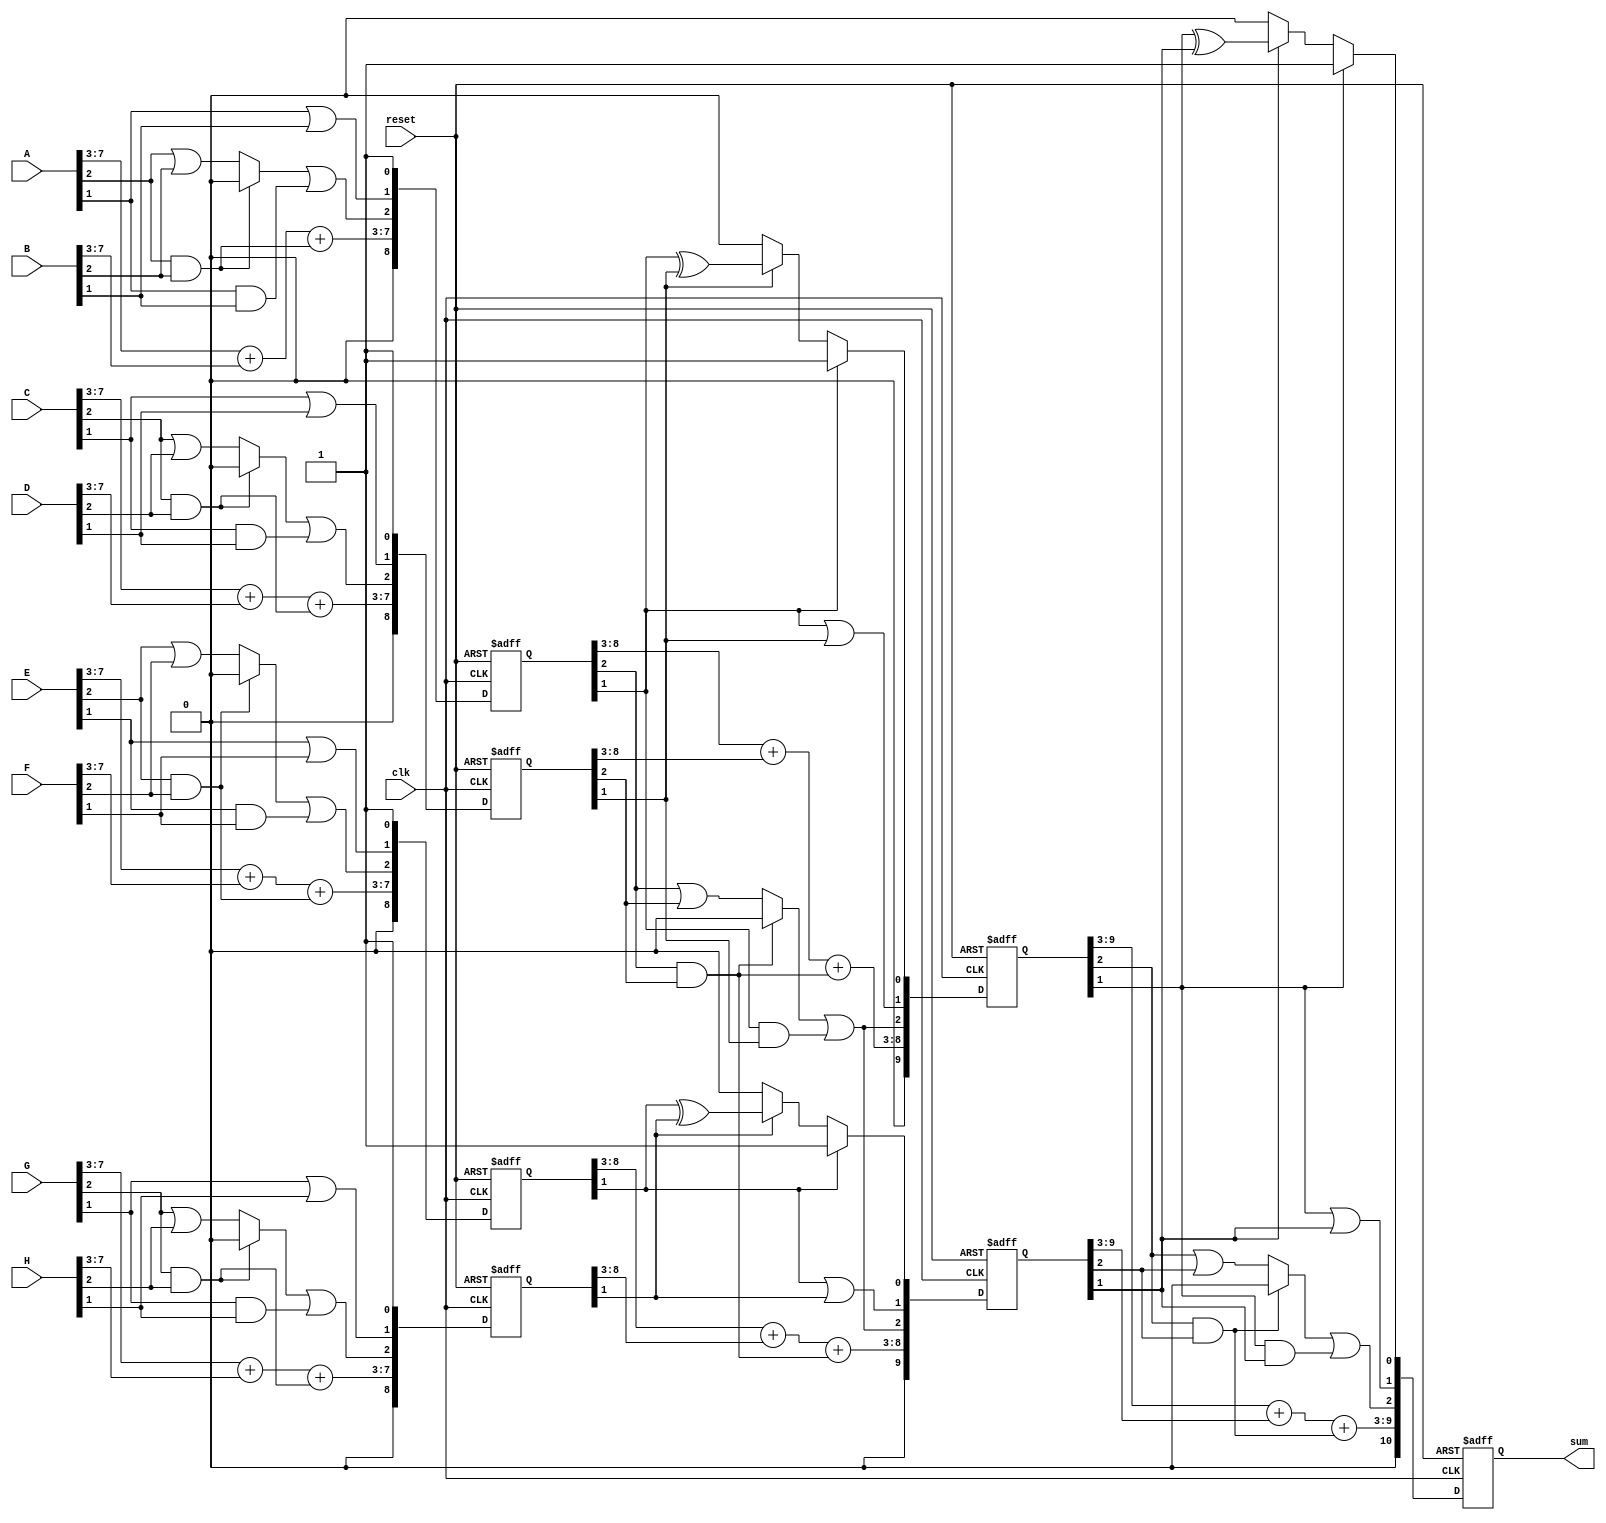
`timescale 1ns / 1ps
//////////////////////////////////////////////////////////////////////////////////
// Company: 
// Engineer: 
// 
// Design Name: 
// Module Name: adder_D2
// Project Name: 
// Target Devices: 
// Tool Versions: 
// Description: 
// 
// Dependencies: 
// 
// Revision:
// Revision 0.01 - File Created
// Additional Comments:
// 
//////////////////////////////////////////////////////////////////////////////////


module adder_D2(
input wire [7:0] A,B,C,D,E,F,G,H,
input wire clk,reset,
output wire [10:0]sum );
  reg [8:0] s1_reg,s1_next,s2_reg,s2_next,s3_reg,s3_next,s4_reg,s4_next;
  reg [9:0] s5_reg,s5_next,s6_reg,s6_next;
  reg [10:0] f1_reg,f1_next;
always@(posedge clk,posedge reset)
if(reset)
begin
s1_reg<=0;
s2_reg<=0;
s3_reg<=0;
s4_reg<=0;
s5_reg<=0;
s6_reg<=0;
f1_reg<=0;
end
else
begin
s1_reg<=s1_next;
s2_reg<=s2_next;
s3_reg<=s3_next;
s4_reg<=s4_next;
s5_reg<=s5_next;
s6_reg<=s6_next;
f1_reg<=f1_next;
end

reg [7:0]c ;
reg [6:0]mux0;
reg [6:0]mux1;
reg [6:0]sel;





always@*
begin
s1_next = s1_reg;
s2_next = s2_reg;
s3_next = s3_reg;
s4_next = s4_reg;
s5_next = s5_reg;
s6_next = s6_reg;
f1_next = f1_reg;


mux1[0]=1'b0;
mux0[0]=A[2]|B[2];
sel[0]=A[2]&B[2];
c[0]=(sel[0]? mux1[0]:mux0[0])|(A[1]&B[1]);
s1_next = {(A[7:3]+B[7:3]+sel[0]),c[0],(A[1]|B[1]),1'b1};

mux1[1]=1'b0;
mux0[1]=C[2]|D[2];
sel[1]=C[2]&D[2];
c[1]=(sel[1]? mux1[1]:mux0[1])|(C[1]&D[1]);
s2_next = {C[7:3]+D[7:3]+sel[1],c[1],(C[1]|D[1]),1'b1};



mux1[2]=1'b0;
mux0[2]=E[2]|F[2];
sel[2]=E[2]&F[2];
c[2]=(sel[2]? mux1[2]:mux0[2])|(E[1]&F[1]);
s3_next = {E[7:3]+F[7:3]+sel[2],c[2],(E[1]|F[1]),1'b1};

mux1[3]=1'b0;
mux0[3]=G[2]|H[2];
sel[3]=G[2]&H[2];
c[3]=(sel[3]? mux1[3]:mux0[3])|(G[1]&H[1]);
s4_next = {G[7:3]+H[7:3]+sel[3],c[3],(G[1]|H[1]),1'b1};

mux1[4]=1'b0;
mux0[4]=s1_reg[2]|s2_reg[2];
sel[4]=s1_reg[2]&s2_reg[2];
c[4]=(sel[4]? mux1[4]:mux0[4])|(s1_reg[1]&s2_reg[1]);
s5_next = {s1_reg[8:3]+s2_reg[8:3]+sel[4],c[4],(s1_reg[1]|s2_reg[1]),(s1_reg[1]? s1_reg[1]:(s2_reg[1]?   (s1_reg[1] ^ s2_reg[1]): s2_reg[1] ))};

mux1[5]=1'b0;
mux0[5]=s1_reg[2]|s2_reg[2];
sel[5]=s1_reg[2]&s2_reg[2];
c[5]=(sel[5]? mux1[5]:mux0[5])|(s1_reg[1]&s2_reg[1]);
s6_next = {s3_reg[8:3]+s4_reg[8:3]+sel[5],c[5],(s3_reg[1]|s4_reg[1]),(s3_reg[1]? s3_reg[1]:(s4_reg[1]?  (s3_reg[1] ^ s4_reg[1]): s4_reg[1]))};

mux1[6]=1'b0;
mux0[6]=s5_reg[2]|s6_reg[2];
sel[6]=s5_reg[2]&s6_reg[2];
c[6]=(sel[6]? mux1[6]:mux0[6])|(s5_reg[1]&s6_reg[1]);
f1_next = {s5_reg[9:3]+s6_reg[9:3]+sel[6],c[6],(s5_reg[1]|s6_reg[1]),(s5_reg[1]? s5_reg[1]:(s6_reg[1]?    (s5_reg[1] ^ s6_reg[1]): s6_reg[1]))};
end






assign sum = f1_reg;
endmodule